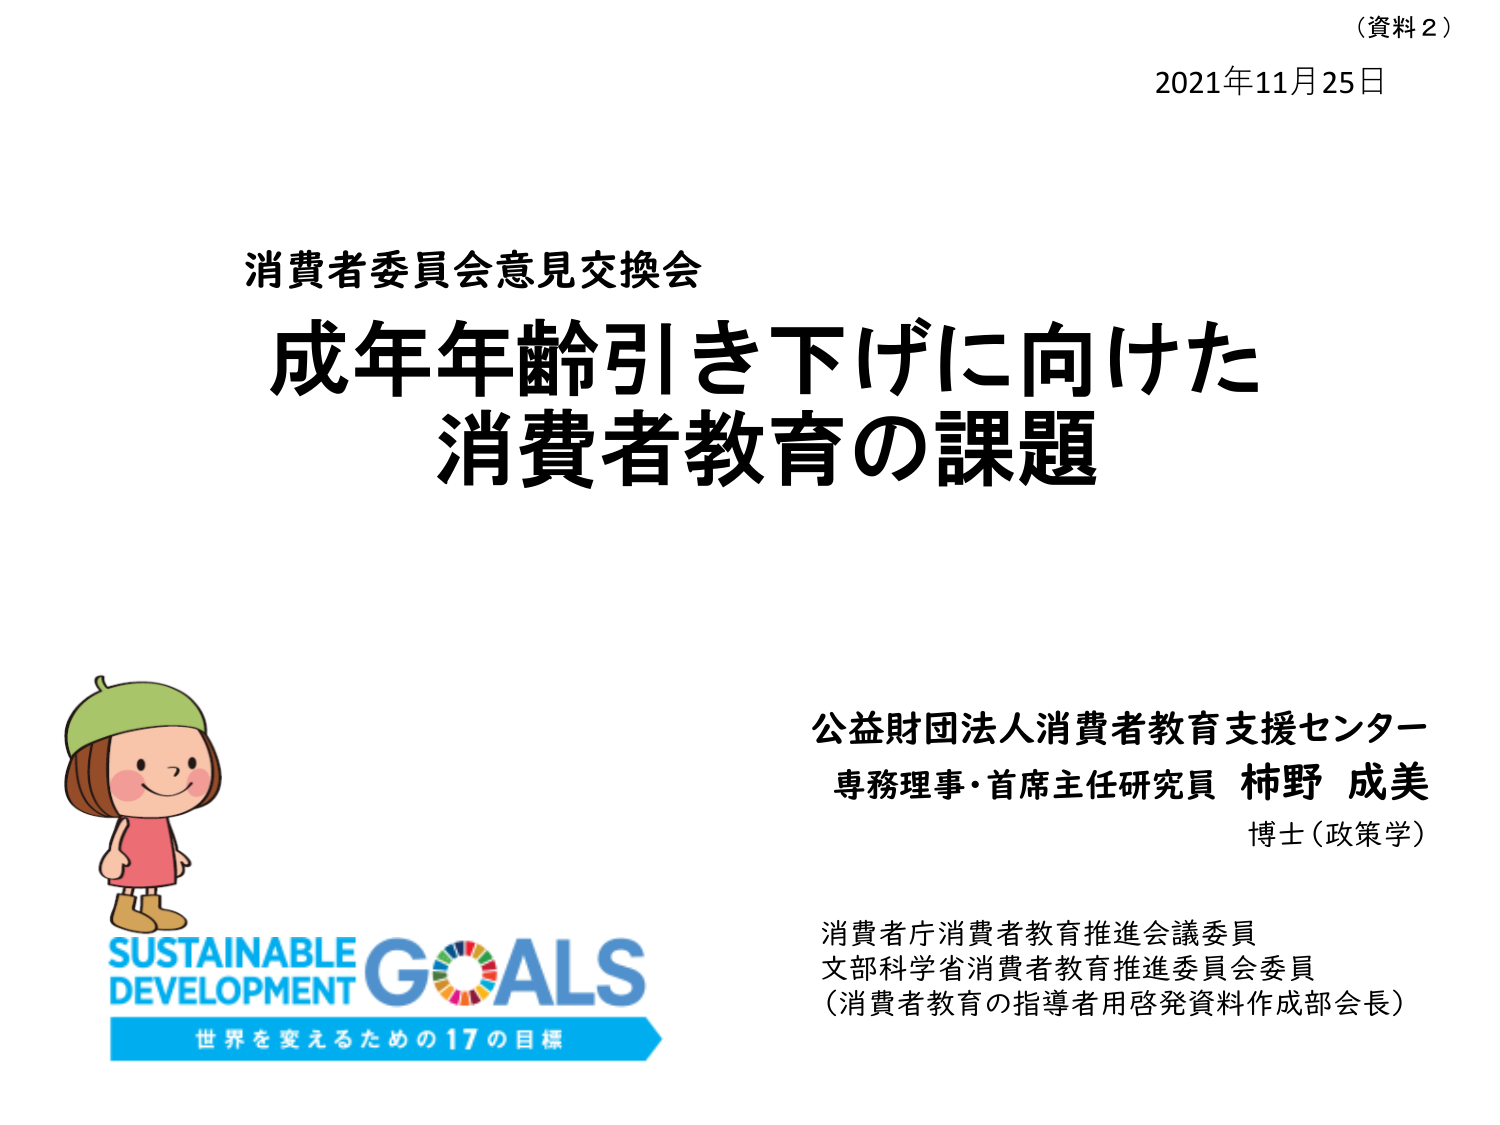
（資料２）
2021年11月25日

消費者委員会意見交換会
成年年齢引き下げに向けた
消費者教育の課題

公益財団法人消費者教育支援センター
専務理事・首席主任研究員 柿野 成美
博士（政策学）

消費者庁消費者教育推進会議委員
文部科学省消費者教育推進委員会委員
（消費者教育の指導者用啓発資料作成部会長）

SUSTAINABLE DEVELOPMENT GOALS
世界を変えるための17の目標